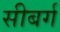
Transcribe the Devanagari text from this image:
सीबर्ग